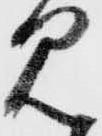
見